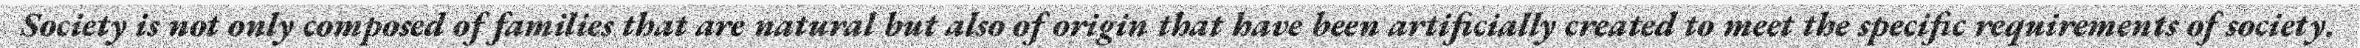
Society is not only composed of families that are natural but also of origin that have been artificially created to meet the specific requirements of society.